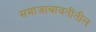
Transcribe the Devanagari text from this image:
समाजाबाबतीतील